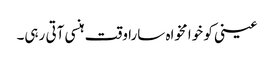
عینی کو خوا مخواہ سارا وقت ہنسی آتی رہی۔